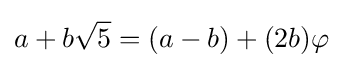
a+b{\sqrt {5}}=(a-b)+(2b)\varphi